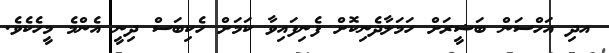
އދި އަހްސަން ބަޝީރަށް ހަމަލާދެނިކޮށް ފެނިފައިވާ ކަމަށް ހެކިބަސް ދިނީ އެންމެ މީހެކެވެ.